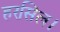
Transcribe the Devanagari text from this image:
हरसिल।